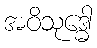
အဝိသုဒ္ဓေါ